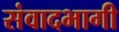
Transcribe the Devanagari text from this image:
संवादभागी